Some observations on the poison of Russell's viper (Daboia russellii) - Number 3
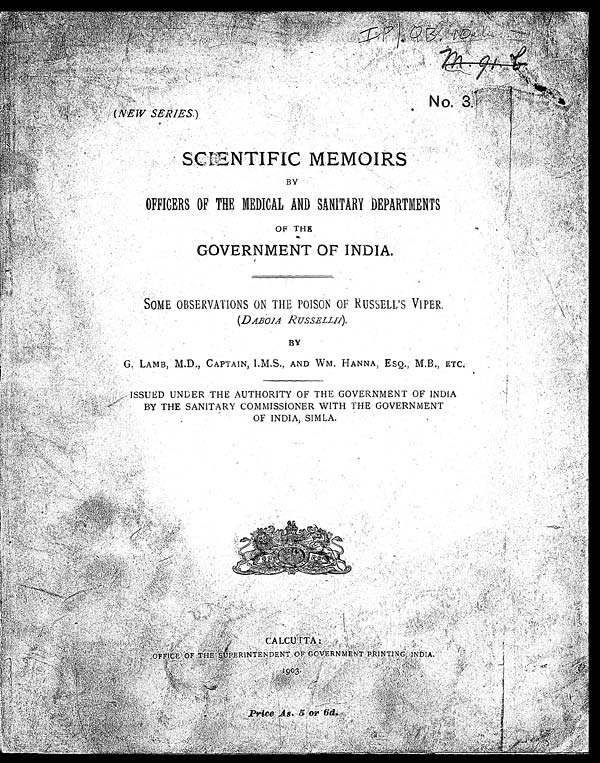
( NEW SERIES. )
N o. 3.
IP/QB.10
m. 91 . b.
SCINTIFIC MEMOIRS
BY
OFFICERS OF THE MEDICAL AND SANITARY DEPARTMENTS
OF THE
GOVERNMENT OF INDIA.
SOME OBSERVATIONS ON THE POISON OF RUSSELL'S VIPER.
(DABOIA RUSSELLII).
BY
G. LAMB, M.D., CAPTAIN, I.M.S., AND WM. HANNA, ESQ., M.B., ETC.
ISSUED UNDER THE AUTHORITY OF THE GOVERNMENT OF INDIA
BY THE SANITARY COMMISSIONER WITH THE GOVERNMENT
OF INDIA, SIMLA.
CALCUTTA: OFFICE OF THE SUPERINTENDENT OF GOVERNMENT PRINTING INDIA.
1903. Price As. 5 or 6d.